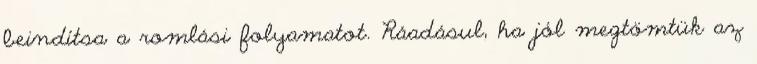
beindítsa a romlási folyamatot. Ráadásul, ha jól megtömtük az